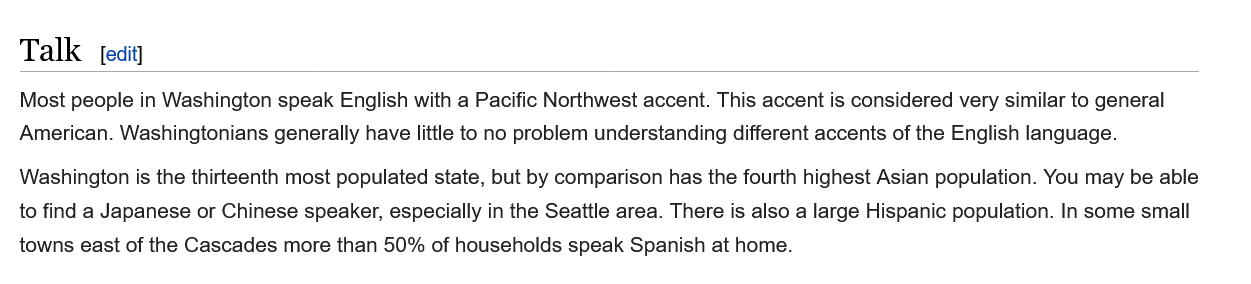
Most people in Washington speak English with a Pacific Northwest accent. This accent is considered very similar to general
  American. Washingtonians generally have little to no problem understanding different accents of the English language.
  Washington is the thirteenth most populated state, but by comparison has the fourth highest Asian population. You may be able
  to find a Japanese or Chinese speaker, especially in the Seattle area. There is also a large Hispanic population. In some small
  towns east of the Cascades more than 50% of households speak Spanish at home.
  Talk    [edit]